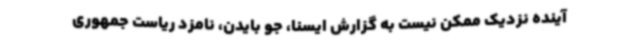
آینده نزدیک ممکن نیست به گزارش ایسنا، جو بایدن، نامزد ریاست جمهوری